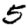
Digit: 5